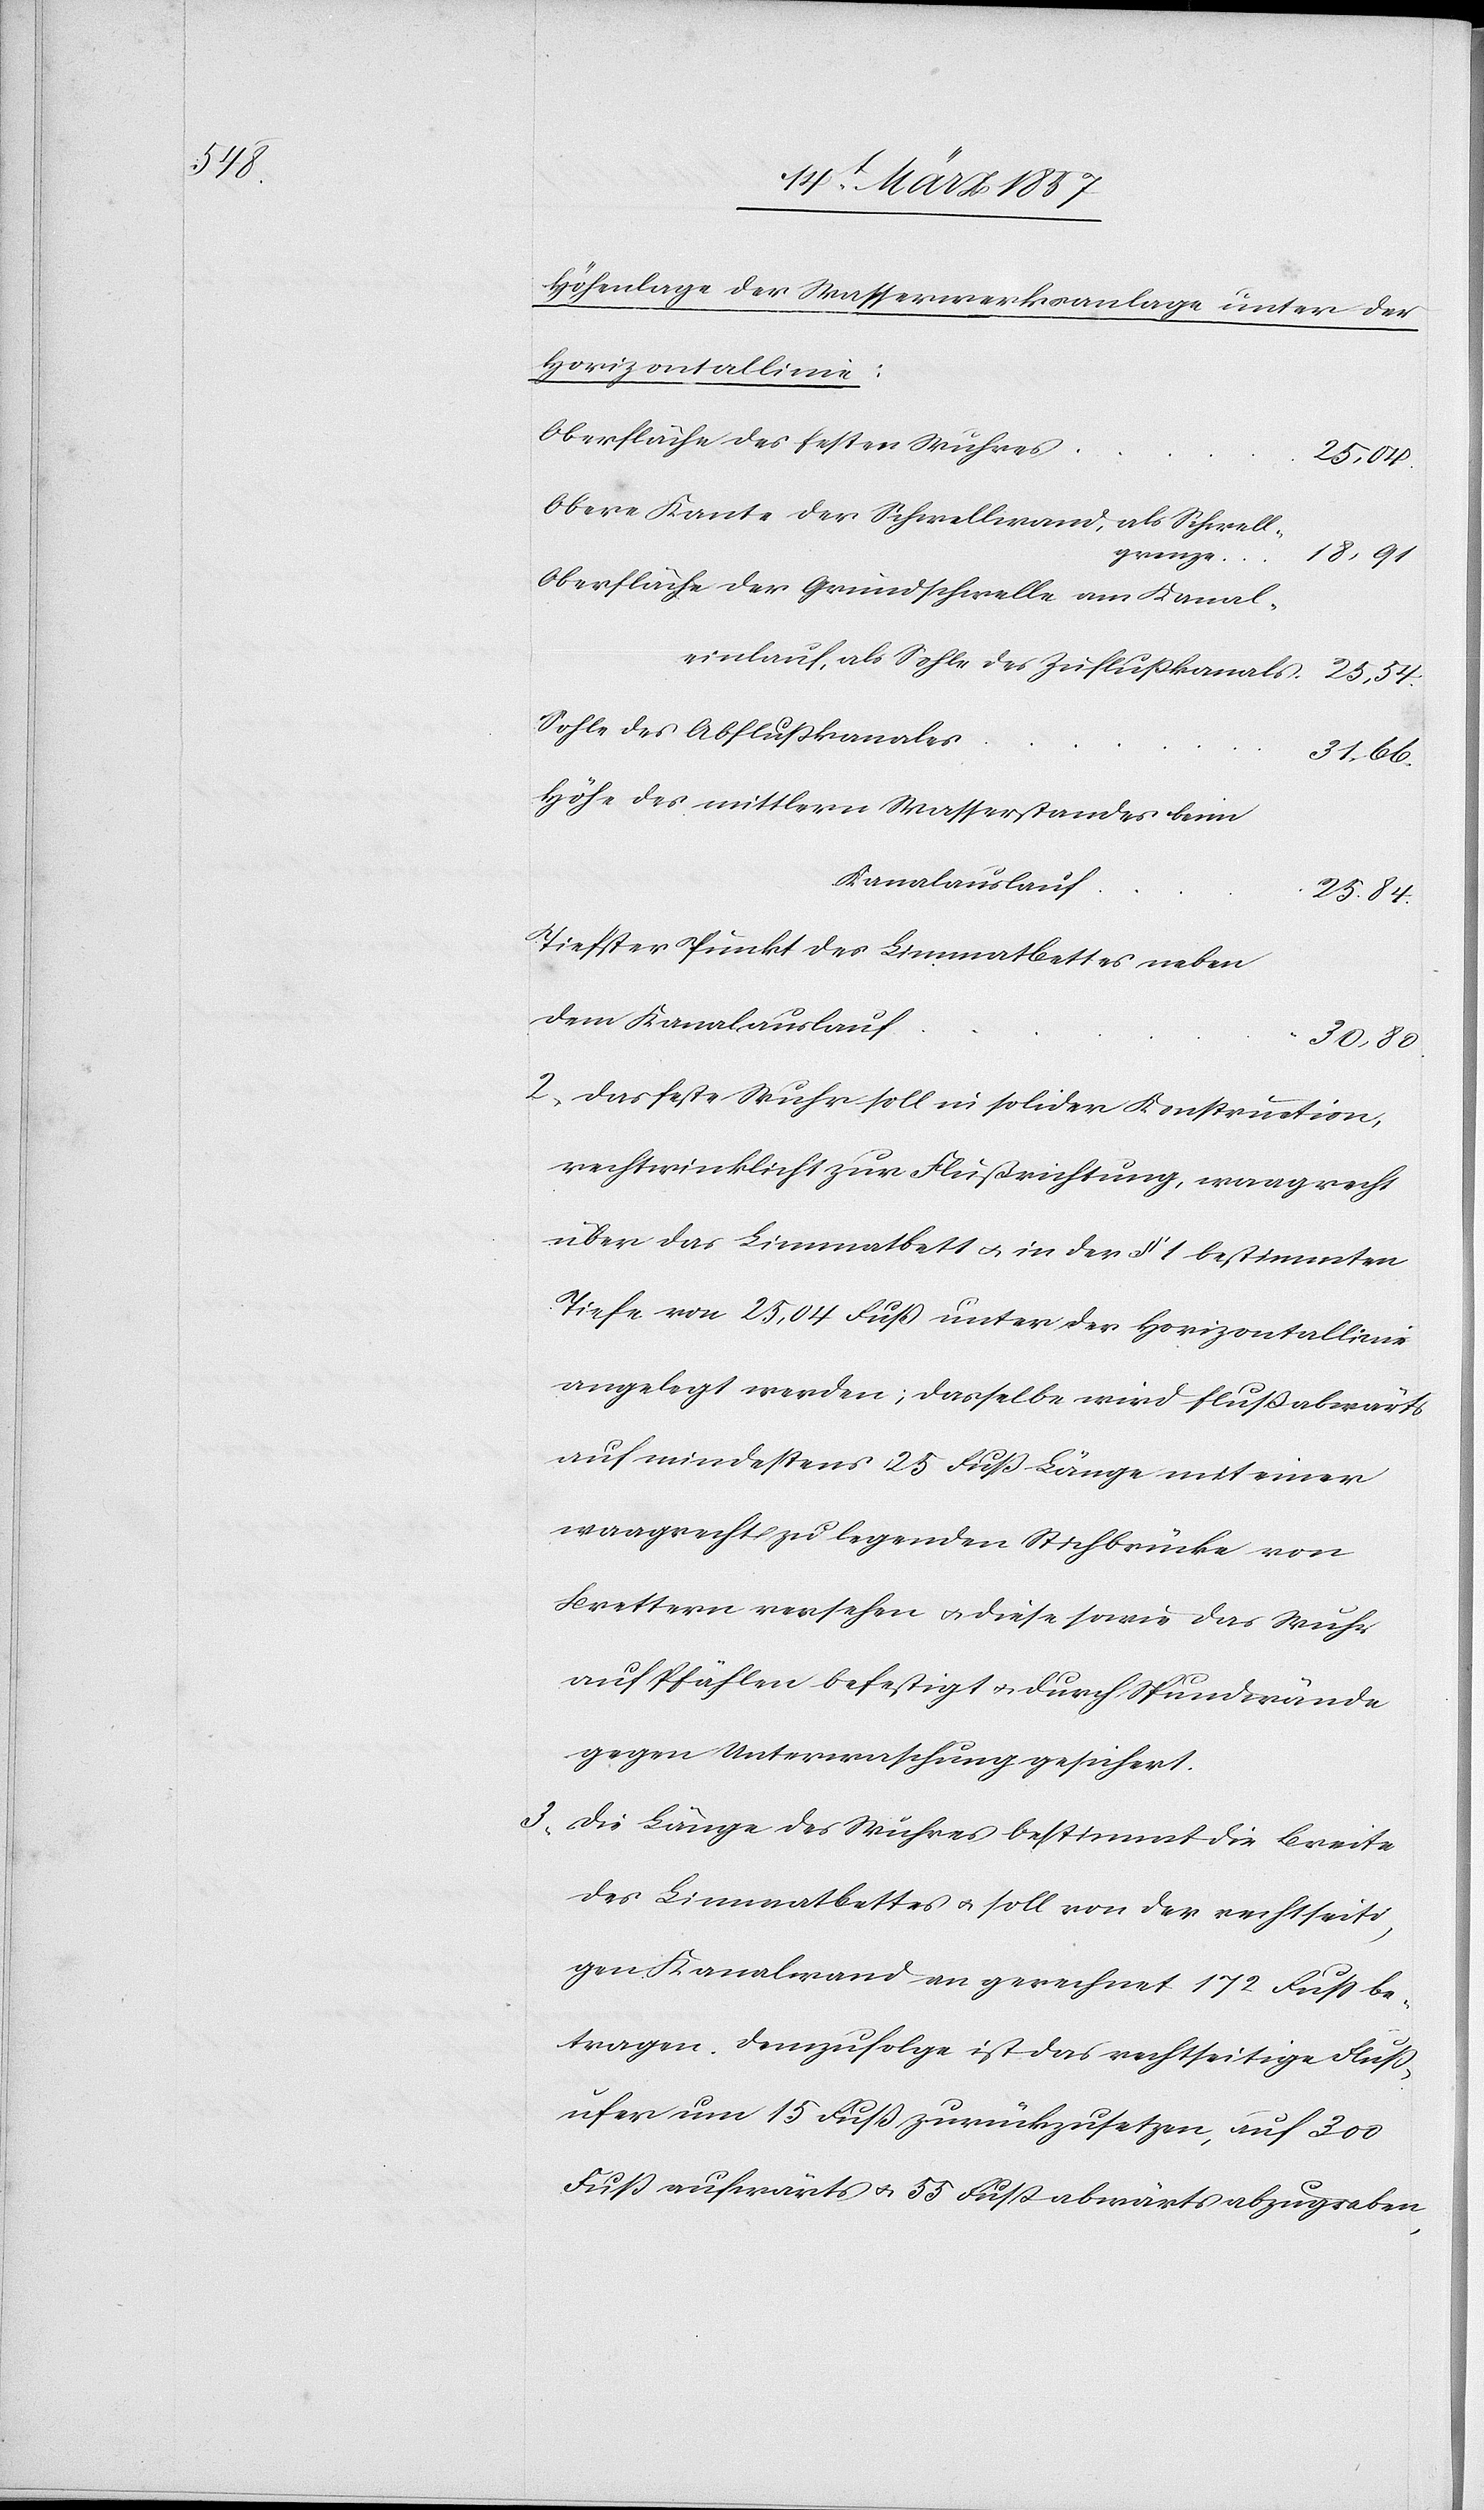
Höhenlage der Wasserwerksanlage unter der
Horizontallinie:
Oberfläche des festen Wuhre¬
e					18,91
Obere Kante der Schwellwand, als Schwell¬
grenz¬
Oberfläche der Grundschwelle am Kanal¬
Höhe des mittlern Wasserstandes beim
Sohle des
Tiefster Punkt des Limmatbettes neben
dem Kanalauslau¬
f			30,80.
2. Das feste Wuhr soll in solider Konstruction,
rechtwinklicht zur Flußrichtung, waagrecht
über das Limmatbett u. in der § 1 bestimmten
Tiefe von 25,04 Fuß unter der Horizontallinie
angelegt werden; dasselbe wird flußabwärts
auf mindestens 25 Fuß Länge mit einer
waagrecht zu legenden Stichbrücke von
Brettern versehen u. diese sowie das Wuhr
auf Pfählen befestigt u. durch Spundwände
gegen Unterwaschung gesichert.
3. Die Länge des Wuhres bestimmt die Breite
des Limmatbettes u. soll von der rechtseiti¬
gen Kanalwand an gerechnet 172 Fuss be¬
tragen. Demzufolge ist das rechtseitige Fluß¬
ufer um 15 Fuß zurückzusetzen, auf 300
Fuß aufwärts u. 55 Fuß abwärts abzugraben,